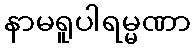
နာမရူပါရမ္မဏာ